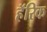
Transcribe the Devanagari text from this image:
हॅरिक